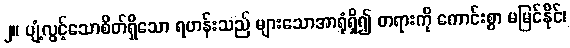
၂။ ပျံ့လွင့်သောစိတ်ရှိသော ရဟန်းသည် များသောအာရုံရှိ၍ တရားကို ကောင်းစွာ မမြင်နိုင်၊